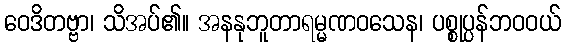
ဝေဒိတဗ္ဗာ၊ သိအပ်၏။ အနနုဘူတာရမ္မဏဝသေန၊ ပစ္စုပ္ပန်ဘဝဝယ်